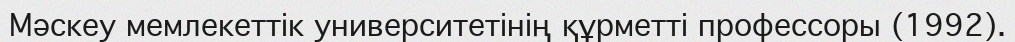
Мәскеу мемлекеттік университетінің құрметті профессоры (1992).